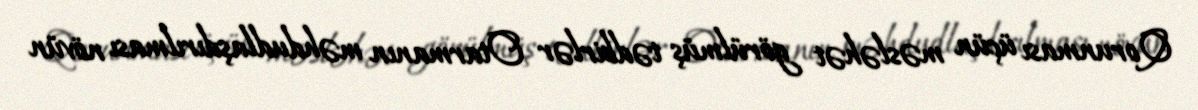
Qorunması üçün məsləhət görülmüş tədbirlər Otarmanın məhdudlaşdırılması növün